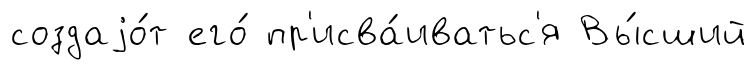
создаjо́т его́ пр'исва́иватьс'я Вы́сший